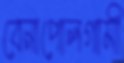
বেনাপোলগামী